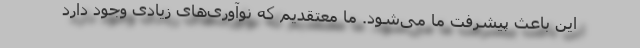
این باعث پیشرفت ما می‌شود. ما معتقدیم که نوآوری‌های زیادی وجود دارد